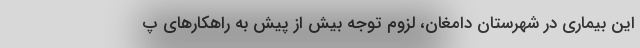
این بیماری در شهرستان دامغان، لزوم توجه بیش از پیش به راهکارهای پ